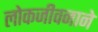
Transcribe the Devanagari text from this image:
लोकजीवनाने